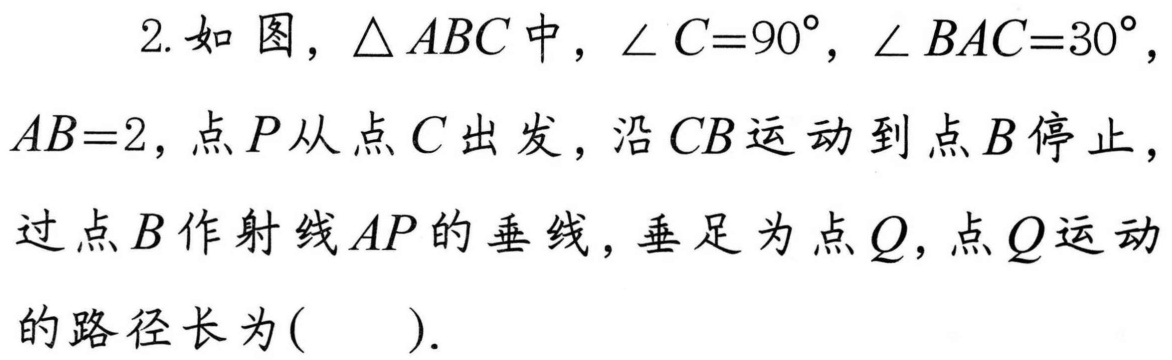
2. 如图，$\triangle ABC$中，$\angle C = 90^{\circ}$，$\angle BAC = 30^{\circ}$，
$AB = 2$，点$P$从点$C$出发，沿$CB$运动到点$B$停止，
过点$B$作射线$AP$的垂线，垂足为点$Q$，点$Q$运动
的路径长为( ).